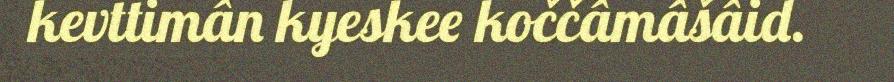
kevttimân kyeskee koččâmâšâid.